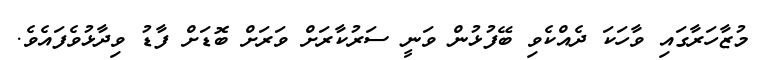
މުޒާހަރާގައި ވާހަކަ ދެއްކެވި ބޭފުޅުން ވަނީ ސަރުކާރަށް ވަރަށް ބޮޑަށް ފާޑު ވިދާޅުވެފައެވެ.